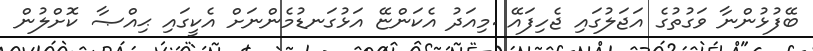
ބޭފުޅުންނާ ވަގުތުގެ އަޖަލުގައި ޖެހިފައޭ .މިއަދު އެކަންޏޭ އަޅުގަނޑުމެންނަށް އެކީގައި ޙިއްޞާ ކޮށްލުން